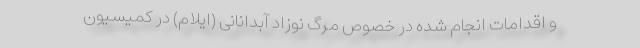
و اقدامات انجام شده در خصوص مرگ نوزاد آبدانانی (ایلام) در کمیسیون